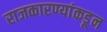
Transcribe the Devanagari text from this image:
राजकारण्यांकडून